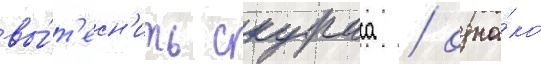
вы́т'есн'ить скураса / одна́ко